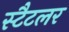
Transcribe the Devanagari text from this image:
स्टैटलर